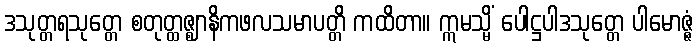
ဒသုတ္တရသုတ္တေ စတုတ္ထဇ္ဈာနိကဖလသမာပတ္တိ ကထိတာ။ ဣမသ္မိံ ပေါဋ္ဌပါဒသုတ္တေ ပါမောဇ္ဇံ